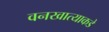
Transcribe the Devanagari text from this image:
वनखात्याकडे